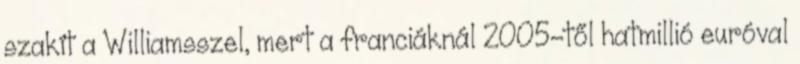
szakít a Williamsszel, mert a franciáknál 2005-től hatmillió euróval